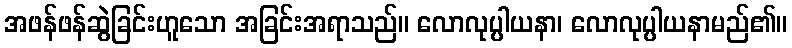
အဖန်ဖန်ဆွဲခြင်းဟူသော အခြင်းအရာသည်။ လောလုပ္ပါယနာ၊ လောလုပ္ပါယနာမည်၏။